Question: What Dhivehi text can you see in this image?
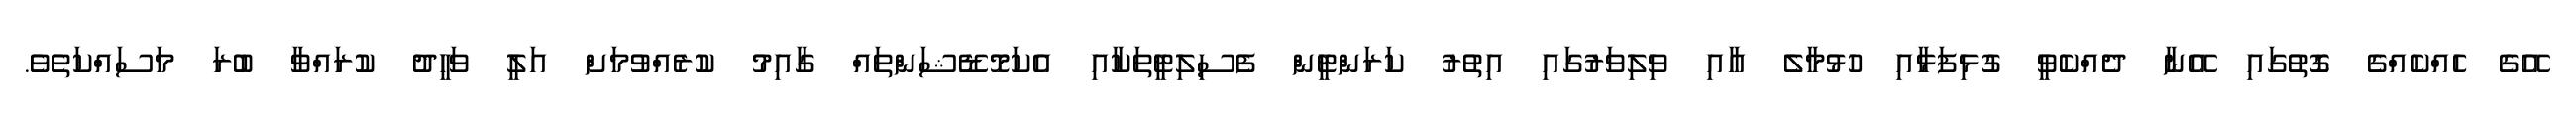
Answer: އޭގެ ހެއްކެއްގެ ގޮތުގައި އޭނާ ދެއްކެވީ ގުޅިފަޅާއި ހުޅުމާލެ އާއި ވިލިވަރުގައި އިތުރު ކަރަންޓީން ފެސިލިޓީތަކާއި އެކަމޮޑޭޝަންތައް ގާއިމު ކުރެއްވުމަށް އަލީ ވަހީދު ކުރައްވާ ބުރަ މަސައްކަތެވެ.